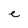
Character: e